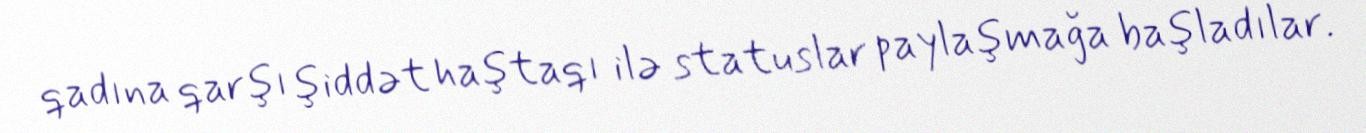
qadına qarşı şiddət haştaqı ilə statuslar paylaşmağa başladılar.